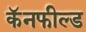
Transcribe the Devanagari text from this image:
कॅनफील्ड